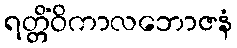
ရတ္တိံဝိကာလဘောဇနံ